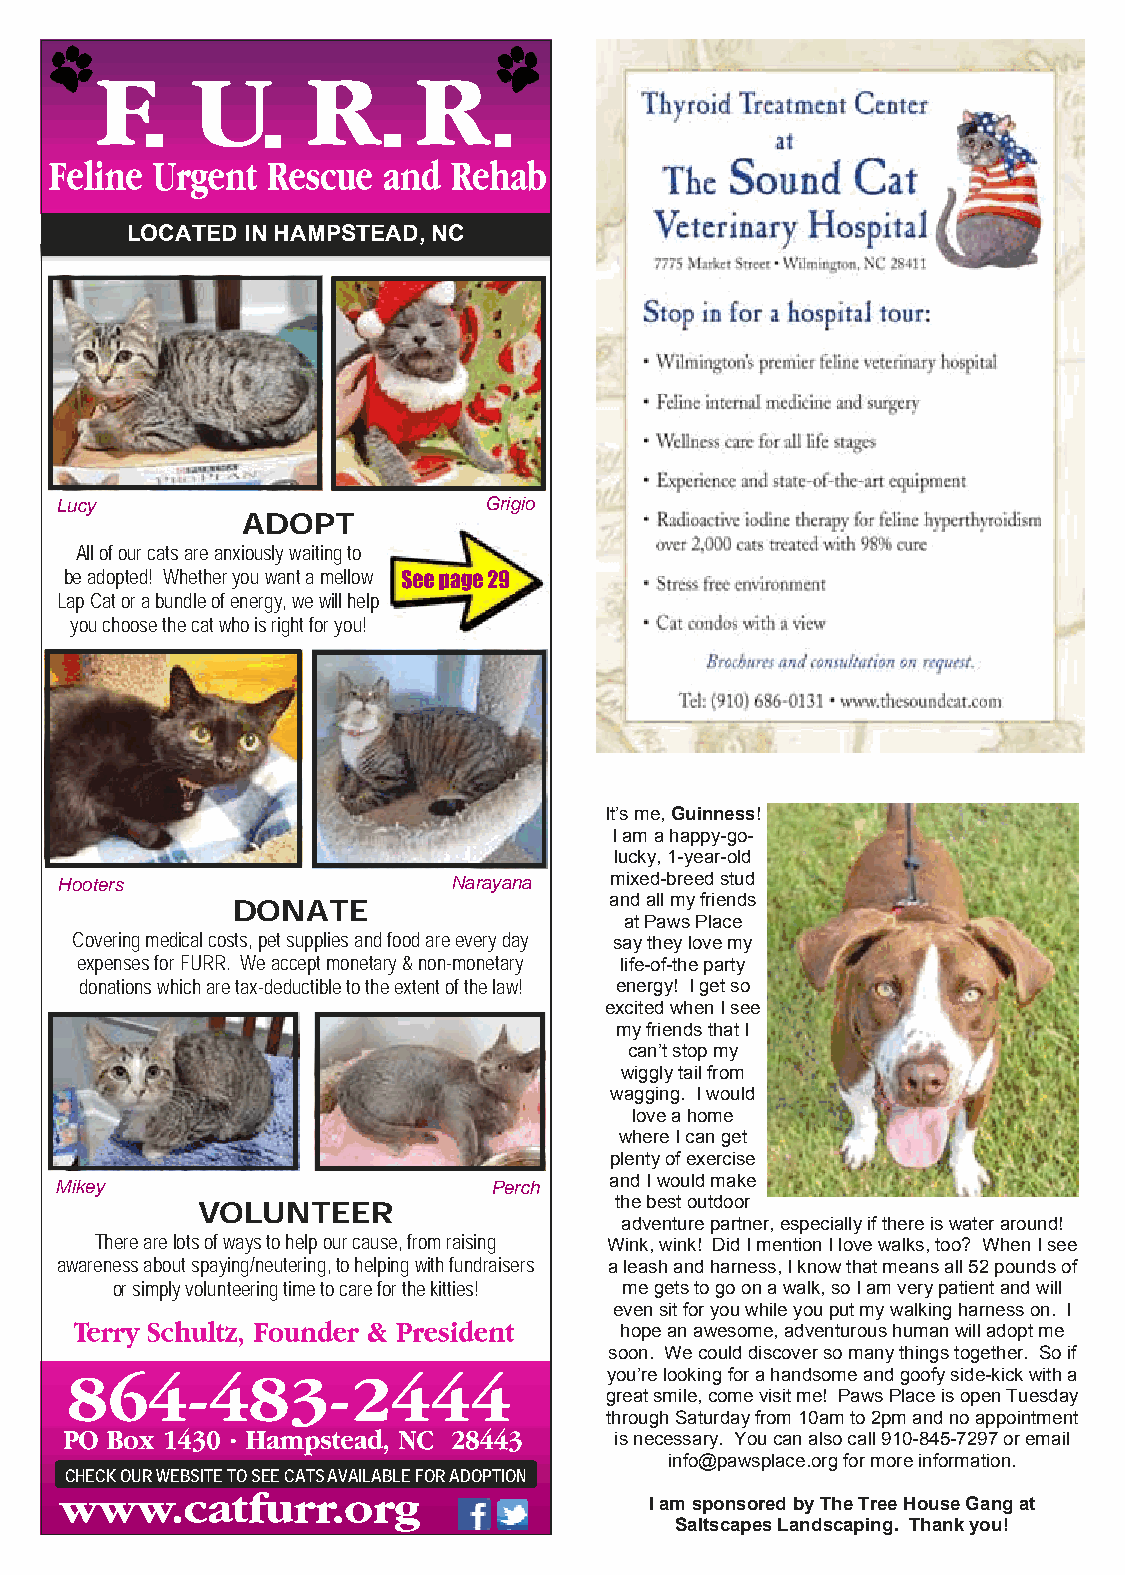
LOCATED IN HAMPSTEAD, NC
 Lucy                        Grigio
 ADOPT
 All of our cats are anxiously waiting to
 be adopted! Whether you want a mellow
 Lap Cat or a bundle of energy, we will help
 you choose the cat who is right for you!
 It’s me, Guinness!
 I am a happy-go-
 lucky, 1-year-old
 Hooters                   Narayana  mixed-breed stud
 and all my friends
 DONATE
 at Paws Place
 Covering medical costs, pet supplies and food are every day say they love my
 expenses for FURR. We accept monetary & non-monetary life-of-the party
 donations which are tax-deductible to the extent of the law! energy! I get so
 excited when I see
 my friends that I
 can’t stop my
 wiggly tail from
 wagging. I would
 love a home
 where I can get
 plenty of exercise
 Mikey                       Perch   and I would make
 the best outdoor
 VOLUNTEER
 adventure partner, especially if there is water around!
 There are lots of ways to help our cause, from raising Wink, wink! Did I mention I love walks, too? When I see
 awareness about spaying/neutering, to helping with fundraisers a leash and harness, I know that means all 52 pounds of
 or simply volunteering time to care for the kitties! me gets to go on a walk, so I am very patient and will
 even sit for you while you put my walking harness on. I
 hope an awesome, adventurous human will adopt me
 soon. We could discover so many things together. So if
 you’re looking for a handsome and goofy side-kick with a
 great smile, come visit me! Paws Place is open Tuesday
 through Saturday from 10am to 2pm and no appointment
 is necessary. You can also call 910-845-7297 or email
 info@pawsplace.org for more information.
 CHECK OUR WEBSITE TO SEE CATS AVAILABLE FOR ADOPTION
 I am sponsored by The Tree House Gang at
 Saltscapes Landscaping. Thank you!